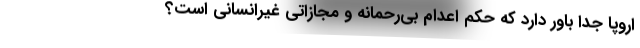
اروپا جدا باور دارد که حکم اعدام بی‌رحمانه و مجازاتی غیرانسانی است؟